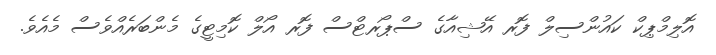
އޮލިމްޕިކް ކައުންސިލް ފޮރ އޭޝިއާގެ ސްޕޯރޓްސް ފޮރ އޯލް ކޮމިޓީގެ މެންބަރެއްވެސް މެއެވެ.